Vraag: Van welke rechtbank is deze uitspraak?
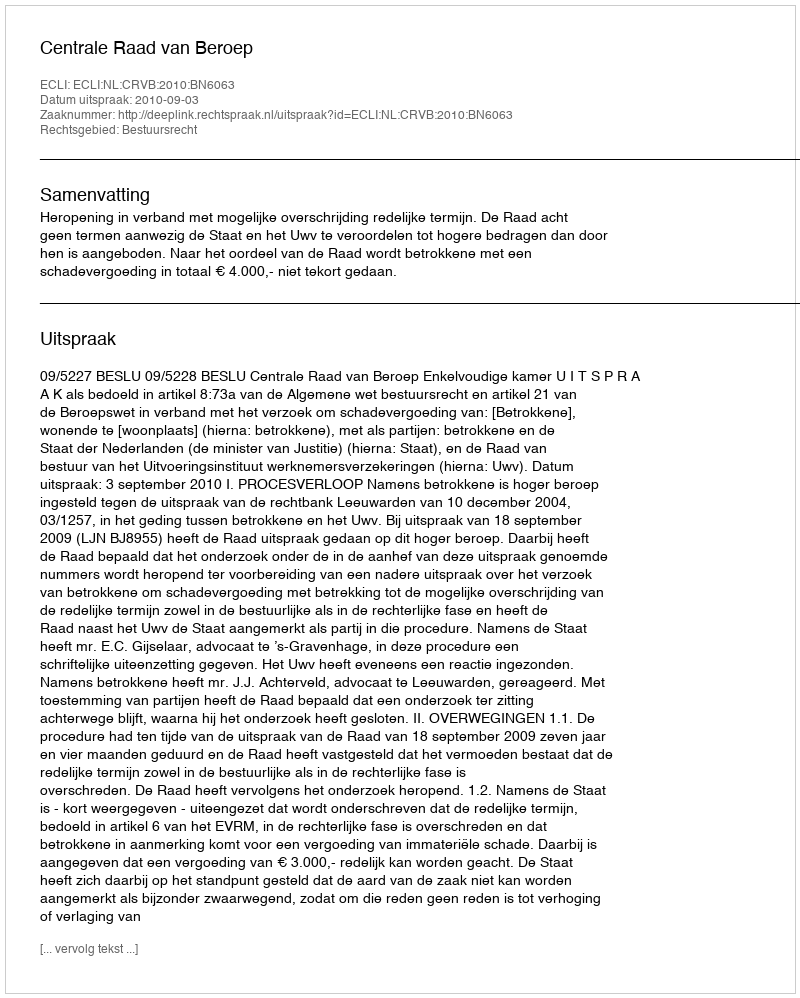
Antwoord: Centrale Raad van Beroep